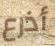
أذرع